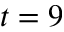
t = 9